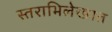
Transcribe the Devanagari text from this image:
स्तराभिलेखात